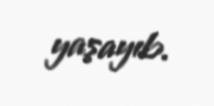
yaşayıb.